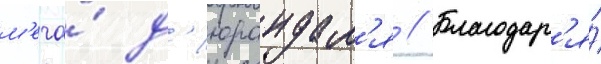
м'еча́ д'юрандал'я // Благодар'я́